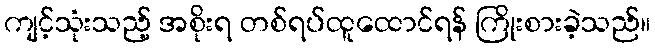
ကျင့်သုံးသည့် အစိုးရ တစ်ရပ်ထူထောင်ရန် ကြိုးစားခဲ့သည်။